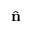
\hat { \bf n }